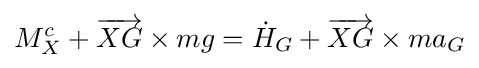
M_{X}^{c}+{\overrightarrow {XG}}\times mg={\dot {H}}_{G}+{\overrightarrow {XG}}\times ma_{G}